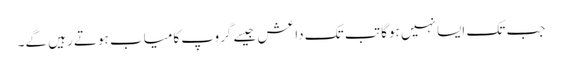
جب تک ایسا نہیں ہوگا تب تک داعش جیسے گروپ کامیاب ہوتے رہیں گے۔